Paatsalu_vallavalitsus, lk 4
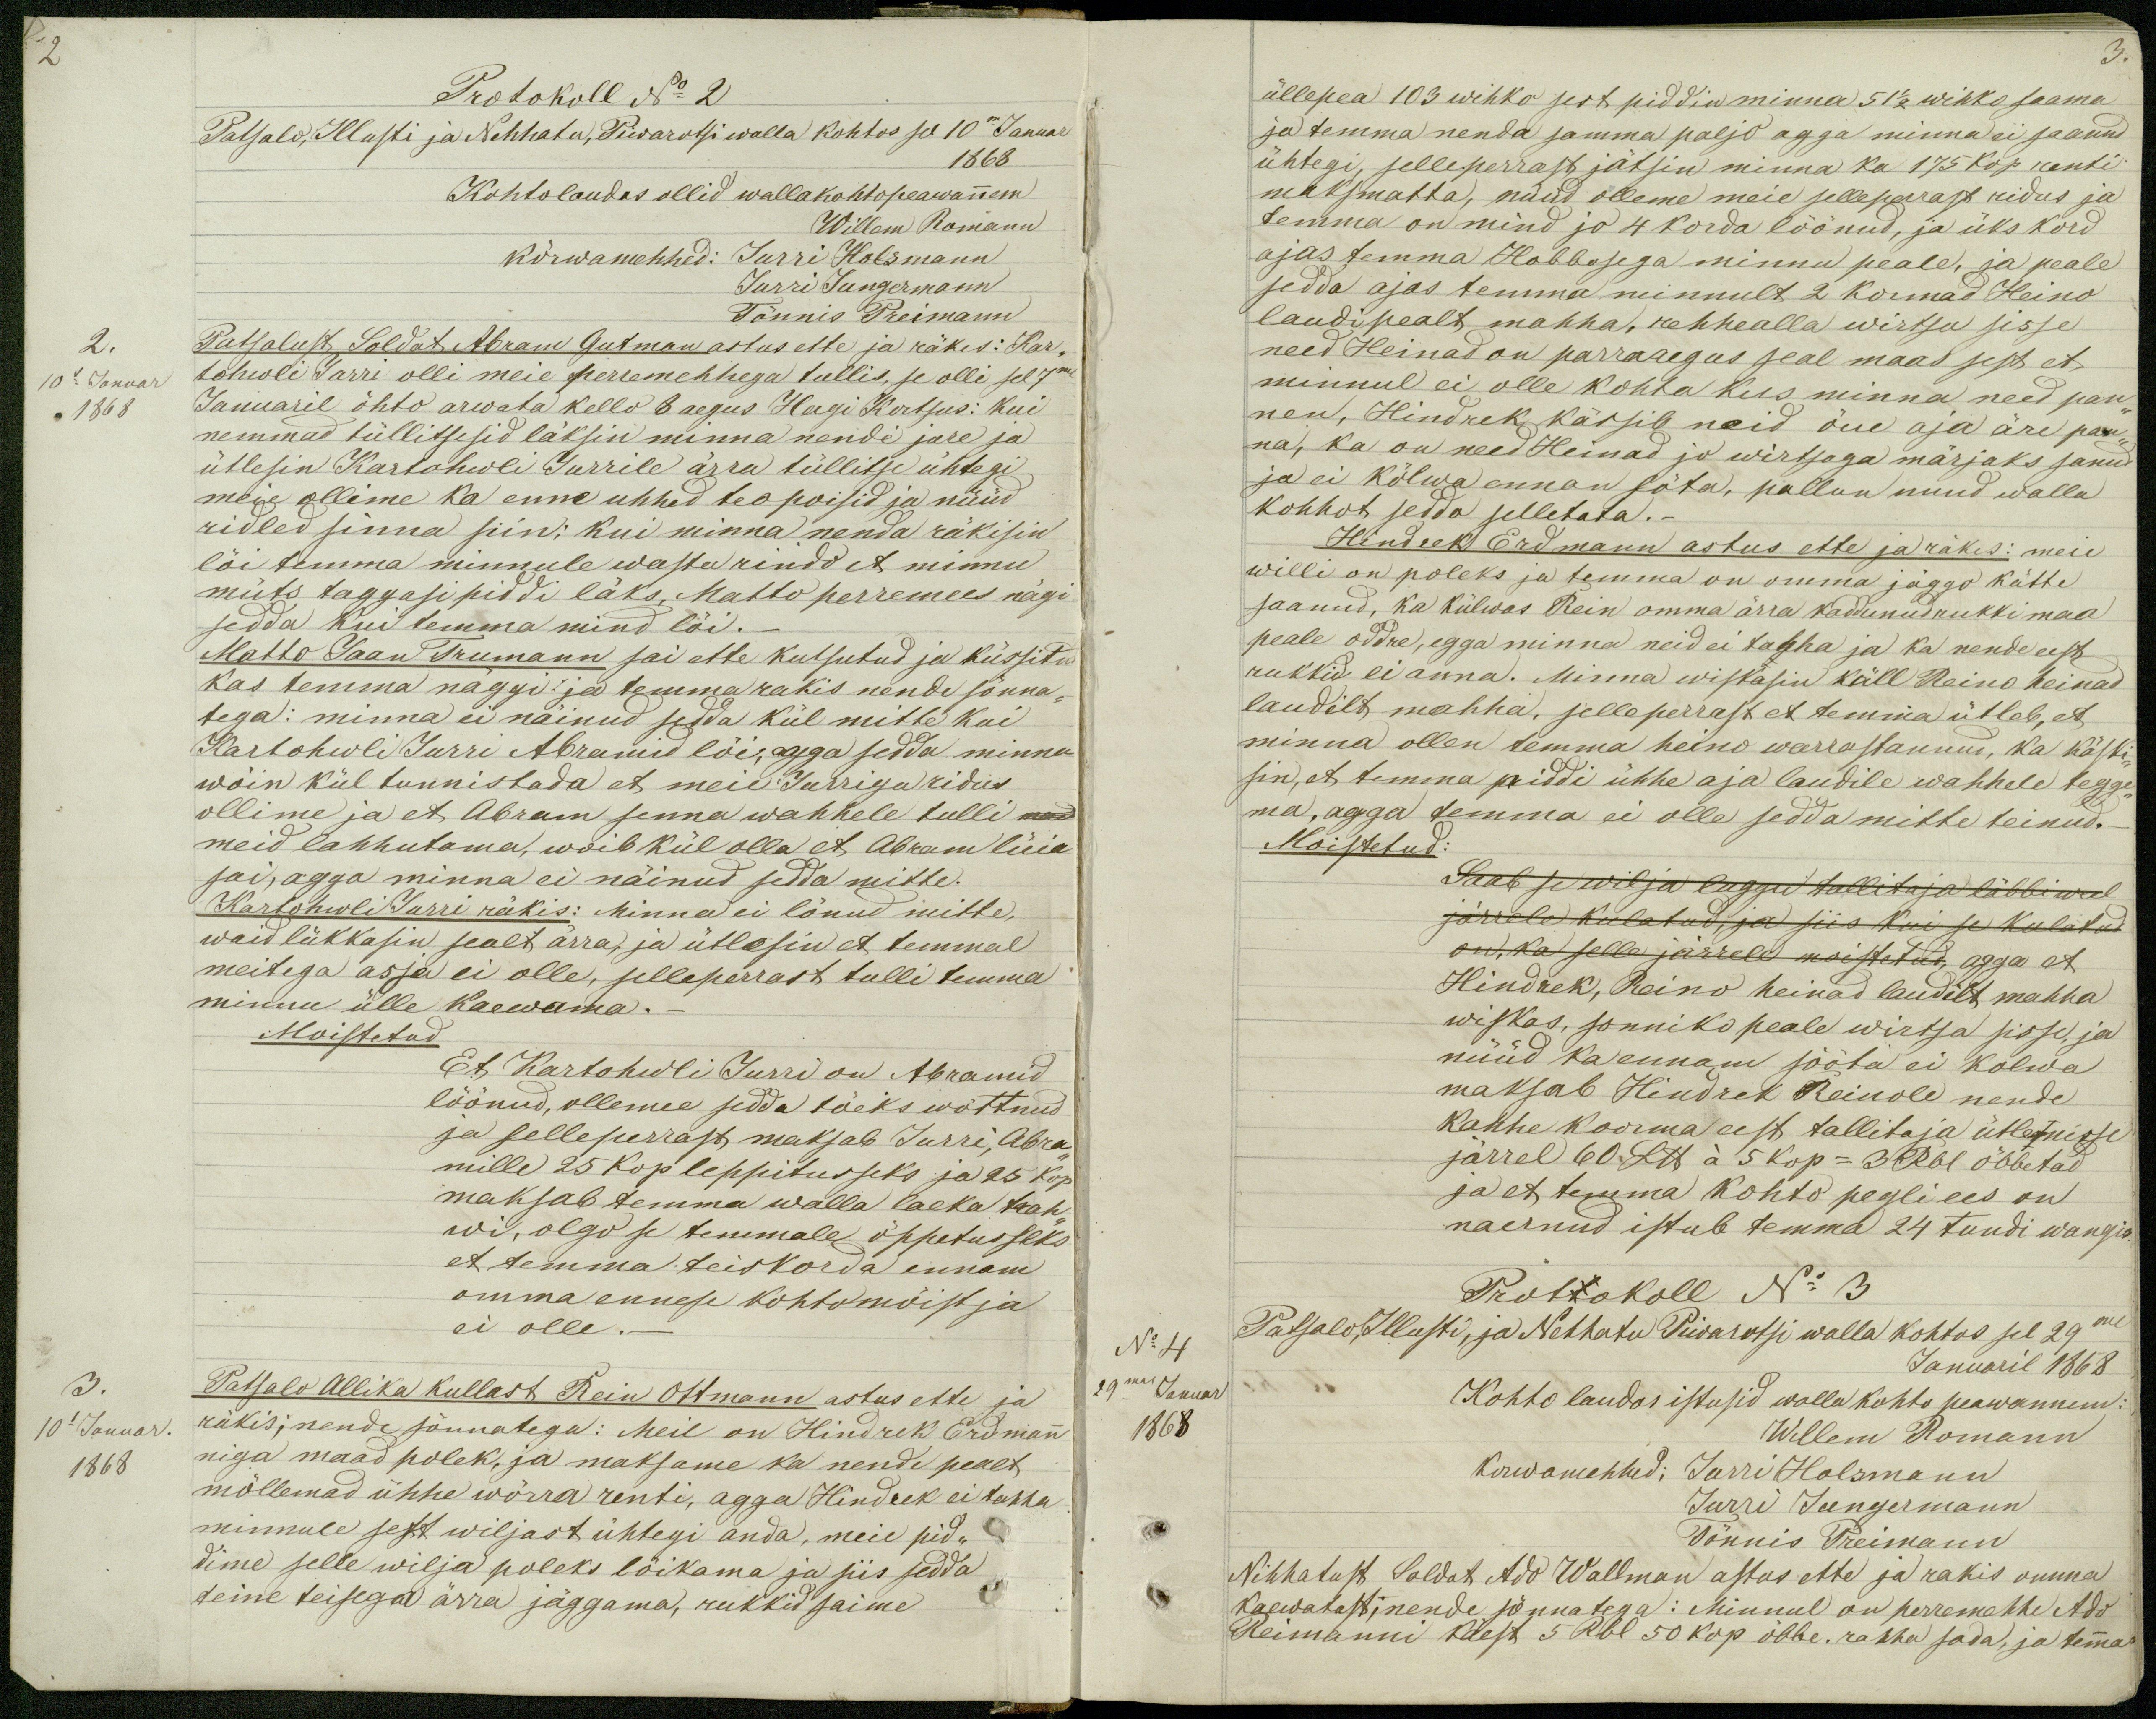
3.

Protokoll No 2
Patsalo, Illusti ja Nehhatu, Piwarotsi walla kohtos sel 10m Januar
1868
Kohtolaudas ollid wallakohtopeawannem
Willem Romann
kõrwamehhed: Jurri Holzmann
Jurri Jungermann
Tönnis Preimann
2.
Patsalust Soldat Abram Gutman astus ette ja räkis: Kar-
10l Januar
tohwli Jurri olli meie perremehhega tullis, se olli sel 7mel
1868
Januaril õhto arwata kello 8 aegus Hagi Kertsus: kui
nemmad tüllitsesid läksin minna nende jure ja
ütlesin Kartohwli Jurrile ärra tüllitse ühtegi
meie ollime ka enne uhhed teopoisid ja nüüd
ridled sinna siin; kui minna nenda räkisin
lõi temma minnule wastu rindo et minu
müts taggasipiddi läks. Matto perremees nägi
sedda kui temma mind lõi.
Matto Jaan Trumann sai ette kutsutud ja küssitud
kas temma näggi ja temma rakis nende sõnna-
tega: minna ei näinud sedda kül mitte kui
Kartohwli Jurri Abramid lõi, aga sedda minna
wõin kül tunnistada et meie Jurriga ridus
ollime ja et Abram senna wahhele tulli
meid lahhutama, woib kül olla et Abram lüia
sai, agga minna ei näinud sedda mitte.
Kartohwli Jurri räkis: Minna ei lönud mitte,
waid lükkasin sealt ärra, ja ütlesin et temmal
meitega asja ei olle, selleperrast tulli temma
minnu ülle kaewama.-
Moistetud
Et Kartohwli Jurri on Abramid
löönud, ollemee sedda tõeks wõttnud
ja selleperrast maksab Jurri, Abra-
mille 25 Kop leppitusseks ja 25 kop.
maksab temma walla laeka trah-
wi, olgo se temmale õppetusseks
et temma teiskorda ennam
omma ennese kohtomõistja
ei olle.-
3.
Patsalo Allika Kullast Rein Ottmann astus ette ja
10l Januar.
räkis; nende sönnatega: Meil on Hindrek Erdmann
1868
niga maad polek, ja maksame ka nende pealt
mõllemad ühhe wõrra renti, agga Hindrek ei tahha
minnule sest wiljast ühtegi anda, meie pid-
dime selle wilja poleks lõikama ja siis sedda
teine teisega ärra jäggama, rukkid saime

üllepea 103 wihko sest piddin minna 51 1/2 wihko saama
ja temma nenda samma paljo agga minna ei saanud
ühtegi, selleperrast jätsin minna ka 175 kop renti
maksmatta, nüüd olleme meie selleperrast ridus ja
temma on mind jo 4 korda löönud, ja üks kord
ajas temma Hobbosega minnu peale, ja peale
sedda ajas temma minnult 2 Kormad Heino
laudipealt mahha, rehhealla wirtsu sisse
need Heinad on parraaegus seal maas sest et
minnul ei olle kohta kus minna need pan-
nen, Hindrek kässib neid õue aja äre pan-
na, ka on need Heinad jo wirtsaga märjaks sanud
ja ei kõlwa ennan söta, pallun nuud walla
kohhot sedda selletata.-
Hindrek Erdmann astus ette ja räkis: meie
willi on poleks ja temma on omma jäggo kätte
saanud, ka külwas Rein omma ärra kaddunud rukkimaa
peale oddre, egga minna neid ei tahha ja ka nende eest
rukkid ei anna. Minna wiskasin küll Reino heinad
laudilt mahha, selleperrast et temma ütleb, et
minna ollen temma heino warrastannu, ka käski-
sin, et temma piddi ühhe aja laudile wahhele tegge-
ma, agga temma ei olle sedda mitte teinud.
Moistetud:
Saab se wilja luggu tallitaja läbbi weel
järrele kulatud, ja siis kui se kulatud
on, ka selle järrele moistetud, agga et
Hindrek, Reino heinad laudilt mahha
wiskas, sonniko peale wirtsa sisse, ja
nüüd ka ennam sööta ei kolwa
maksab Hindrek Reinole nende
kahhe koorma eest tallitaja ütlemisse
järrel 60 Llb á 5 kop- 3 Rbl õbbetad
ja et temma kohto pegli ees on
naernud istub temma 24 tundi wangis.
Prottokoll No 3
No 4
Patsalo, Illusti, ja Nehhatu Piwarotsi walla kohtos sel 29me
Januaril 1868
29mas Januar
Kohto laudas istusid walla kohto peawannem:
1868
Willem Romann
Korwamehhed: Jurri Holzmann
Jurri Jungermann
Tönnis Preimann
Nihhatust Soldat Ado Wallman astus ette ja rakis omma
kaewatast nende sõnnatega: Minnul on perremehhe Ado
Reimanni käest 5 Rbl 50 kop õbbe. rahha sada, ja temma